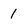
Character: 1